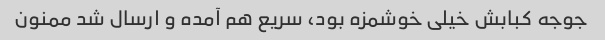
جوجه کبابش خیلی خوشمزه بود، سریع هم آمده و ارسال شد ممنون